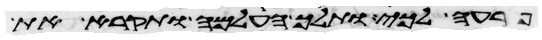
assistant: פרעה לכי ותלך העלמה ותקרא את